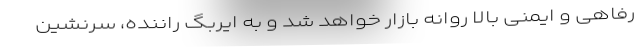
رفاهی و ایمنی بالا روانه بازار خواهد شد و به ایربگ راننده، سرنشین